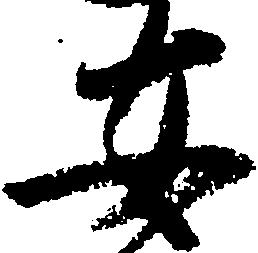
安